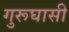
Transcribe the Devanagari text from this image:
गुरूघासी